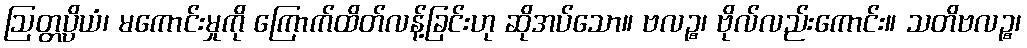
ဩတ္တပ္ပိယံ၊ မကောင်းမှုကို ကြောက်ထိတ်လန့်ခြင်းဟု ဆိုအပ်သော။ ဗလဉ္စ၊ ဗိုလ်လည်းကောင်း။ သတိဗလဉ္စ၊